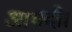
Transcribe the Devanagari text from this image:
आमदी।